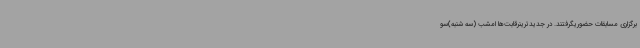
برگزاری مسابقات حضوریگرفتند. در جدیدترینرقابت‌ها امشب (سه شنبه)سو